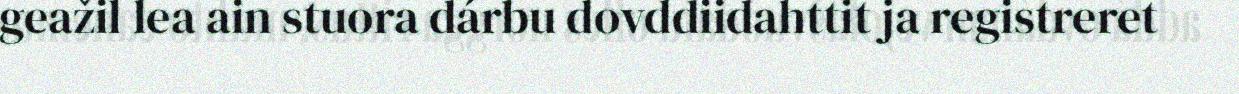
geažil lea ain stuora dárbu dovddiidahttit ja registreret